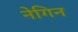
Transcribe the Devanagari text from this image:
नेगिन